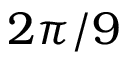
2 \pi / 9